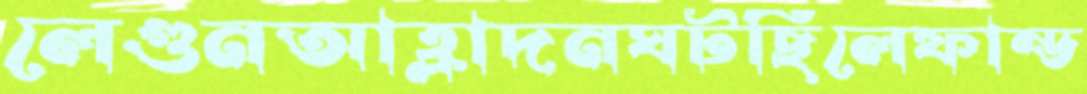
লেগুনআহ্লাদনঘটছিলেফান্ড